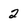
Character: 2